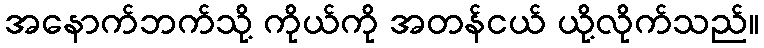
အနောက်ဘက်သို့ ကိုယ်ကို အတန်ငယ် ယို့လိုက်သည်။